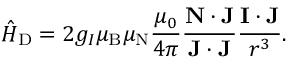
{ \hat { H } } _ { \mathrm { D } } = 2 g _ { I } \mu _ { \mathrm { B } } \mu _ { \mathrm { N } } { \frac { \mu _ { 0 } } { 4 \pi } } { \frac { \mathbf { N } \cdot \mathbf { J } } { \mathbf { J } \cdot \mathbf { J } } } { \frac { \mathbf { I } \cdot \mathbf { J } } { r ^ { 3 } } } .